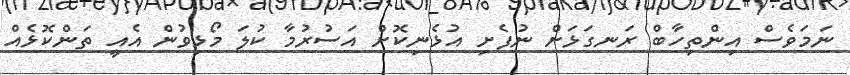
ނަމަވެސް އިންތިހާބް ރަނގަޅަށް ނުފެށި އުޅެނިކޮށް އަސުރުމާ ކުލަ މޯޅިވުން އެއީ ތަންކޮޅެއް